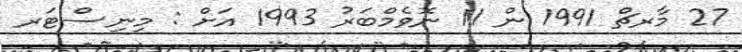
27 މާރޗް 1991 ން 11 ނޮވެމްބަރު 1993 އަށް : މިނިސްޓަރ